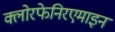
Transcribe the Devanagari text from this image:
क्लोरफेनिरएमाइन